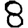
Digit: 8